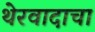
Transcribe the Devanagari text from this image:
थेरवादाचा